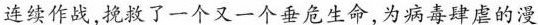
连续作战，挽救了一个又一个垂危生命，为病毒肆虐的漫